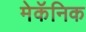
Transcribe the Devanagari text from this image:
मेकॅनिक